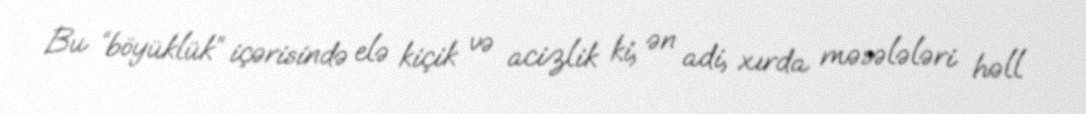
Bu “böyüklük” içərisində elə kiçik və acizlik ki, ən adi, xırda məsələləri həll